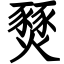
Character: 燹